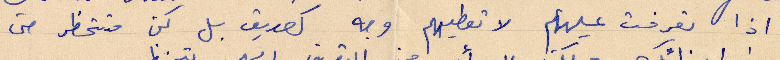
اذا تعرفت عليهم لا تعطيهم وجه كصديق بل كن متحظر حتى